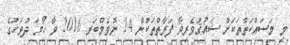
މި މަސައްކަތްތަކަށް ޝައުޤުވެރިވާ ފަރާތްތަކުން 14 ނޮވެމްބަރ 2016 ވާ ހޯމަ ދުވަހުގެ